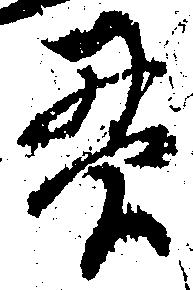
貫